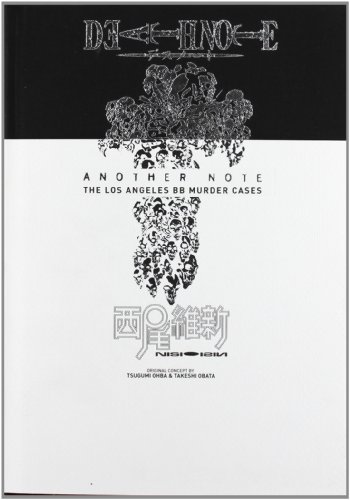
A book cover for Death Note: Another Note - The Los Angeles BB Murder Cases; Nisioisin; Comics & Graphic Novels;